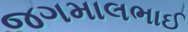
જગમાલભાઈ